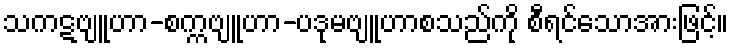
သကဋဗျူဟာ-စက္ကဗျူဟာ-ပဒုမဗျူဟာစသည်ကို စီရင်သောအားဖြင့်။